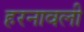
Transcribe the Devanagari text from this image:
हरनावली